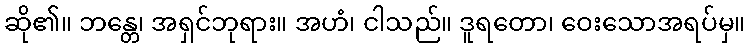
ဆို၏။ ဘန္တေ၊ အရှင်ဘုရား။ အဟံ၊ ငါသည်။ ဒူရတော၊ ဝေးသောအရပ်မှ။